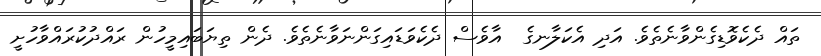
ތައް ދެކެވޮޑިގެންވާނެތެވެ. އަދި އެކަލާނގެ  އާވެސް ދެކެވަޑައިގަންނަވާނެތެވެ. ދެން ތިޔަބައިމީހުން ރައްދުކުރައްވާހުށީ